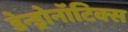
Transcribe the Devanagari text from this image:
डेन्ड्रोनॉटिक्स